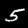
Label: 5